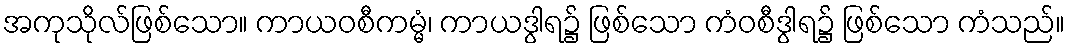
အကုသိုလ်ဖြစ်သော။ ကာယဝစီကမ္မံ၊ ကာယဒွါရ၌ ဖြစ်သော ကံဝစီဒွါရ၌ ဖြစ်သော ကံသည်။